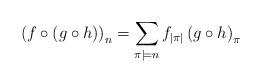
LaTeX: \begin{align*}\left(f\circ\left(g\circ h\right)\right)_{n}=\sum_{\pi\models n}f_{\vert \pi \vert}\left(g\circ h\right)_{\pi}\end{align*}